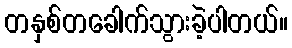
တနှစ်တခေါက်သွားခဲ့ပါတယ်။